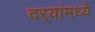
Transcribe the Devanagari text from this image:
दर्‍यांमध्ये